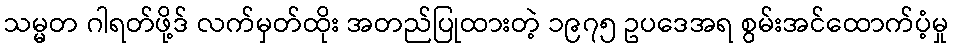
သမ္မတ ဂါရတ်ဖို့ဒ် လက်မှတ်ထိုး အတည်ပြုထားတဲ့ ၁၉၇၅ ဥပဒေအရ စွမ်းအင်ထောက်ပံ့မှု